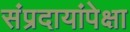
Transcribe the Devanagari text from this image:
संप्रदायांपेक्षा